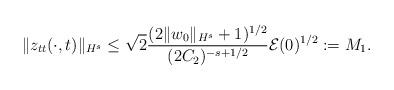
LaTeX: \begin{align*} \|z_{tt}(\cdot,t)\|_{H^s}\leq \sqrt{2}\frac{(2\|w_0\|_{H^s}+1)^{1/2}}{(2C_2)^{-s+1/2}}\mathcal{E}(0)^{1/2}:=M_1.\end{align*}